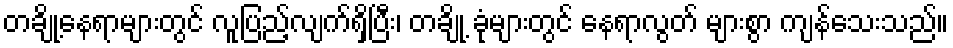
တချို့နေရာများတွင် လူပြည့်လျက်ရှိပြီး၊ တချို့ ခုံများတွင် နေရာလွတ် များစွာ ကျန်သေးသည်။